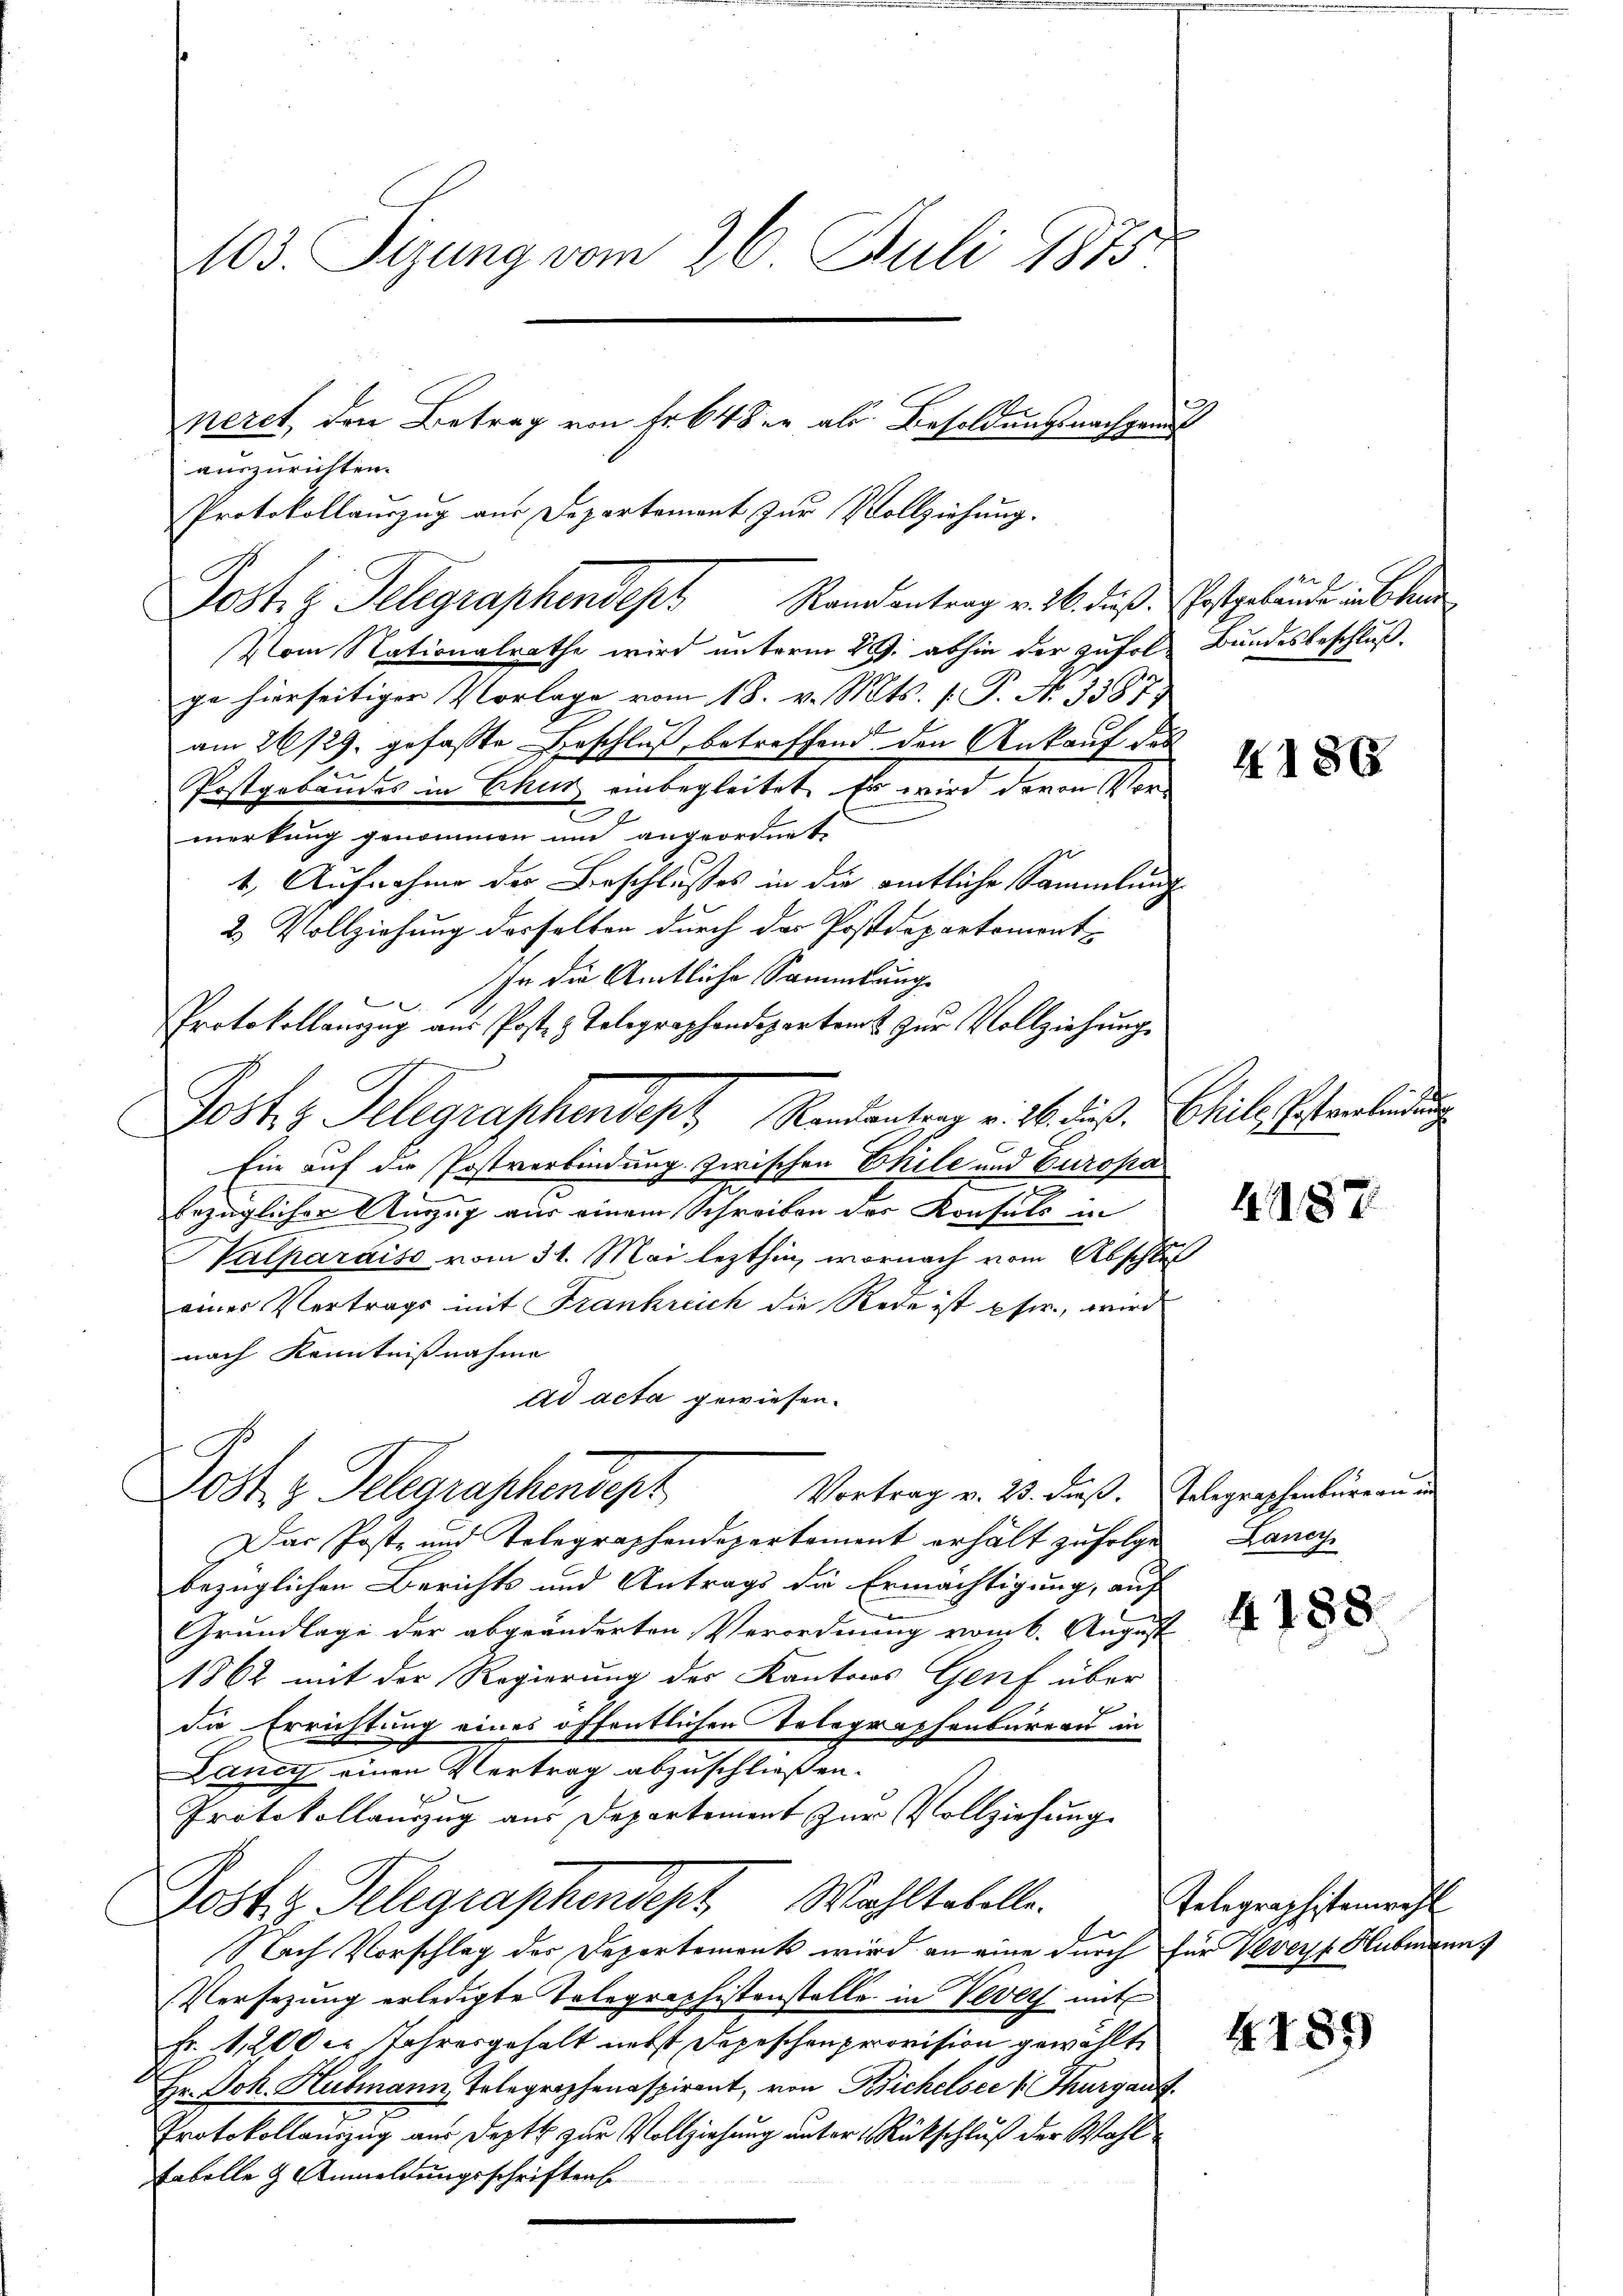
103. Stung vom 26. Juli 1875.
peret, den Betrag von Fr. 648 er als Besoldungsnachgemest
auszurichten.

Protokollauszug aus Departement zur Vollziehung.
Vom Nationalrathe wird unterm 29. abhin der Zufol- Bundesbeschluß.
ge hierseitiger Vorlage vom 18. v. Mts. 1. P. No. 33873.
am 26/29. gefaßte Beschluß, betreffend den Ankauf das
Postgebäudes in Chur einbegleitet. Es wird davon Vor¬
.
merkung genommen und angeordnet,
1. Aufnahme der Beschlusses in die amtliche Sammlung
2. Vollziehung desselben durch der Postdepartemont
In die Amtliche Sammlung
Protokollanzzug aus Post z. Telegraphendepartent zŭr Vollziehung
Josts Telegraphendept, Rendantrag v. 26. dieß. Biele Patentenden
für auf die Postverbindung zwischen Ehile und Europa
i
bezüglicher Anzug aus einem Schreiben der Konsuls in
Valparaiso vom 31. Mai lezthin, wornach vom Abschluß
eines Vertrags mit Frankreich die Rede ist pr., wird
nach Kenntnißnahme
ad acta gewiesen.
Jost z. Telegraschendepr
Vortrag v. 25. dß. Telegraphenbüreau un
Das Poste und Kolegraphendepartement erhält zufolge
bezüglichen Berichts und Antrags die Ermächtigung, auf
Grundlage der abgeänderten Verordnung vom 6. August
1862 mit der Regierung des Kantons Genf über
die Errichtung eines öffentlichen Telegraphenbureau in
Lancy einen Vertrag abzuschließen.
Protokollanzug aus Departement zur Vollziehung
Jostiz Gelegraphendept Wahltabelle.
Er
Nach Vorschlag der Departements wird an eine durch für Veverst Hubmann
Versezung erledigte Tolegraphistenstelle in Verer mit
Fr. 1,200er Jahresgehalt nebst Depeschenprovision gewählte
Hr. Joh. Hubmann Telegraphenaspirant, von Bichelsee  Thurgauf
Protokollanizug aus Deptt zur Vollziehung unter Rückschluß der Wohl
Ebolle 3 Anmeldungsschriftens

Jostiz Telegraphendept Randantrag v. M. daß festgebäude unbekan

4. 186

4187

Lancy

4138

Telegraphistenwahl

4185